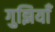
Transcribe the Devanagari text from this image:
गुझियाँ